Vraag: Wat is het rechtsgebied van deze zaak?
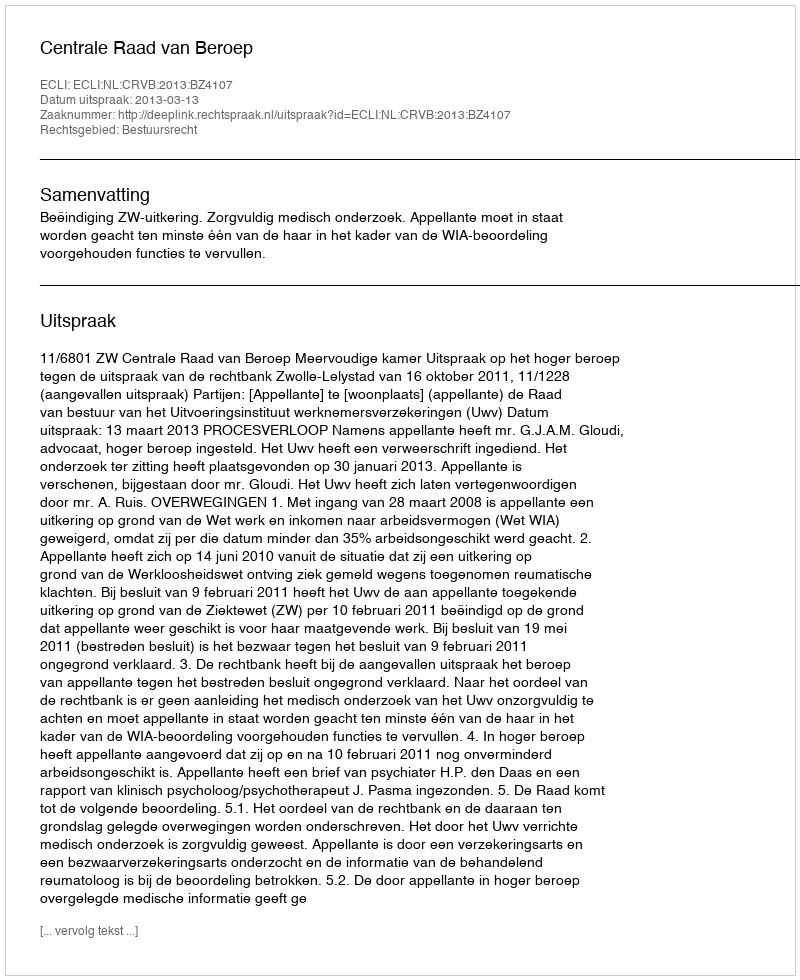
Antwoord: Bestuursrecht